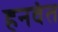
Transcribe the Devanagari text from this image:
हनवंत